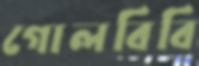
গোলবিবি